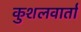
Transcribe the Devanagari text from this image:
कुशलवार्ता